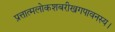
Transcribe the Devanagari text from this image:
प्रत्तात्मलोकशबरीखगपावनस्य।